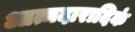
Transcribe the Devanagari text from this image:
आत्मदारादिकं